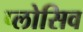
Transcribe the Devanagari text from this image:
प्लोसिव